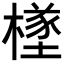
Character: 𪳸